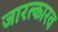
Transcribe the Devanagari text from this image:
जारत्कारव